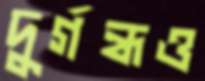
দুর্গন্ধও